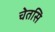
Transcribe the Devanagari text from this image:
चेतसि